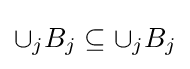
\cup _{j}B_{j}\subseteq \cup _{j}B_{j}